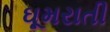
ઘૂમરાતી